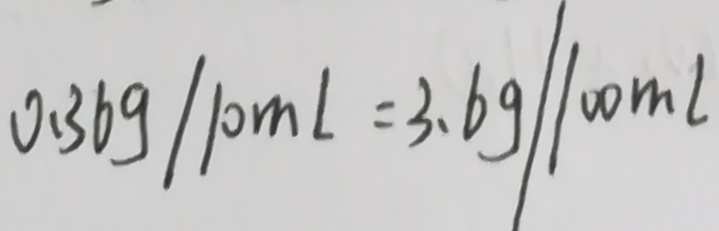
0 . 3 6 g / 1 0 m L = 3 . 6 g / 1 0 0 m L